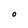
Character: O